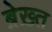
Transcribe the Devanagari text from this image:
ब्रेख़्त